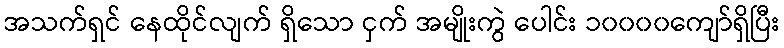
အသက်ရှင် နေထိုင်လျက် ရှိသော ငှက် အမျိုးကွဲ ပေါင်း ၁၀၀၀၀ကျော်ရှိပြီး